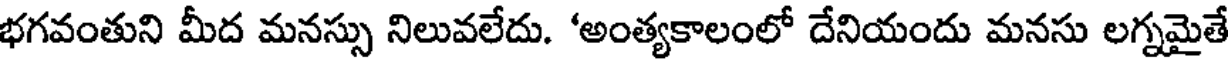
భగవంతుని మీద మనస్సు నిలువలేదు. 'అంత్యకాలంలో దేనియందు మనసు లగ్నమైతే